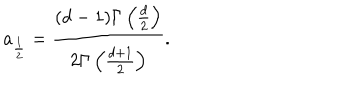
a _ { \frac 1 2 } = \frac { ( d - 1 ) \Gamma \left( \frac { d } 2 \right) } { 2 \Gamma \left( \frac { d + 1 } 2 \right) } .